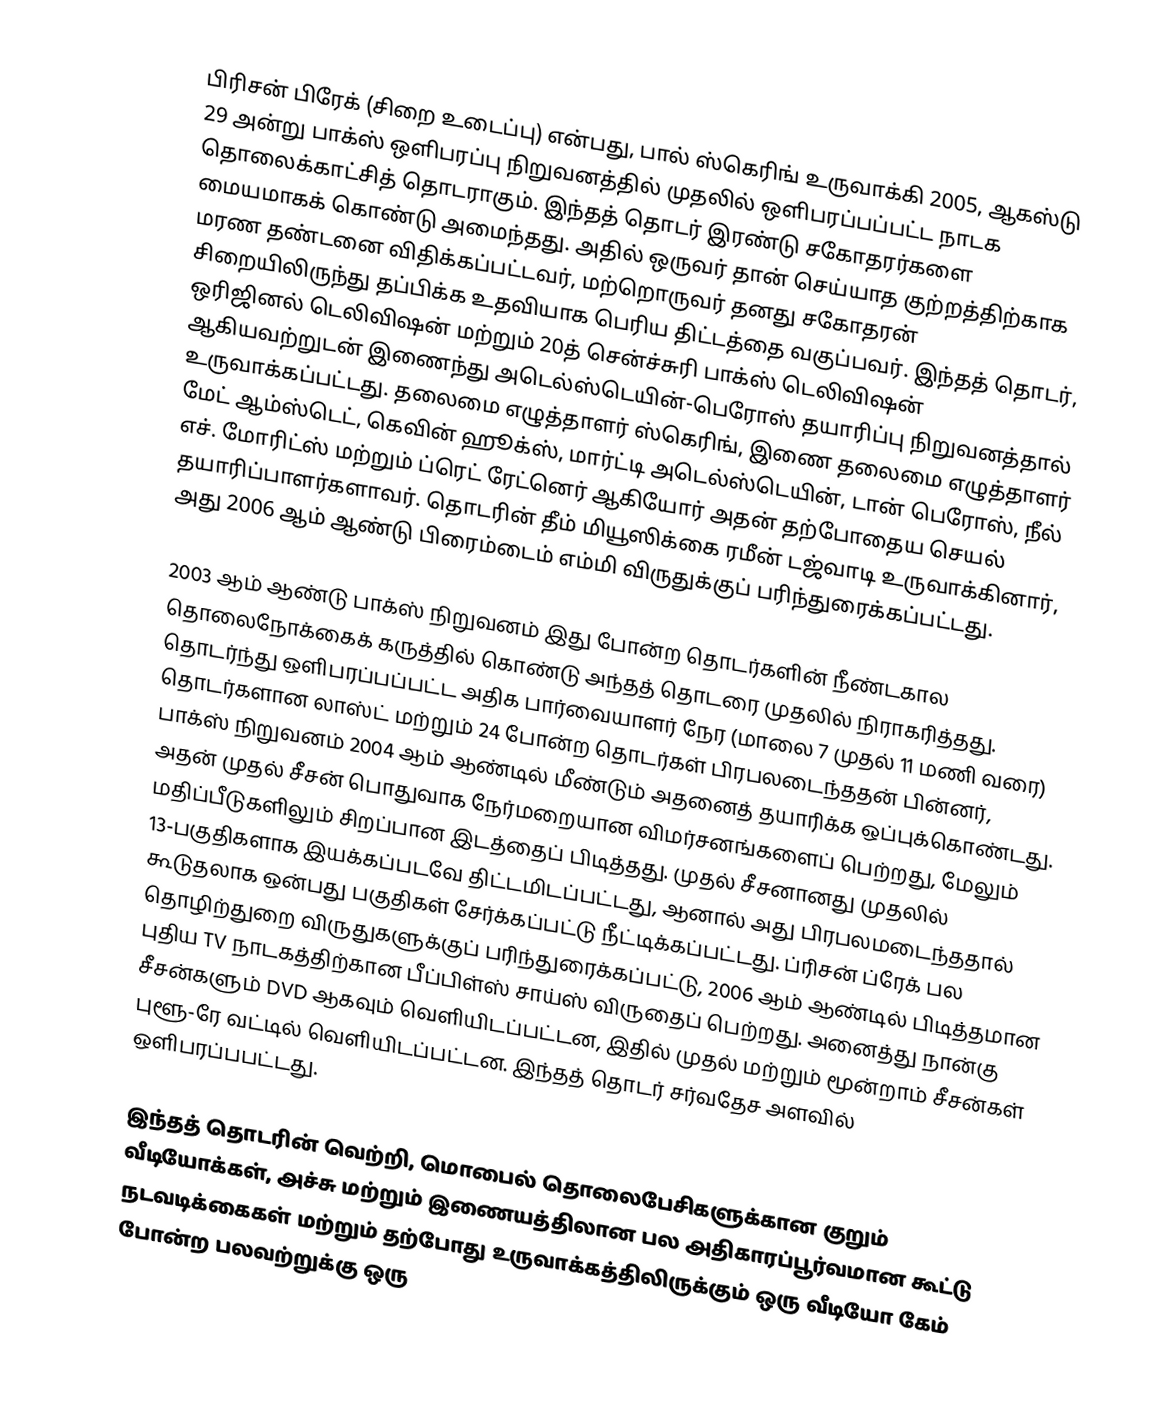
பிரிசன் பிரேக் (சிறை உடைப்பு) என்பது, பால் ஸ்கெரிங் உருவாக்கி 2005, ஆகஸ்டு 29 அன்று பாக்ஸ் ஒளிபரப்பு நிறுவனத்தில் முதலில் ஒளிபரப்பப்பட்ட நாடக தொலைக்காட்சித் தொடராகும். இந்தத் தொடர் இரண்டு சகோதரர்களை மையமாகக் கொண்டு அமைந்தது. அதில் ஒருவர் தான் செய்யாத குற்றத்திற்காக மரண தண்டனை விதிக்கப்பட்டவர், மற்றொருவர் தனது சகோதரன் சிறையிலிருந்து தப்பிக்க உதவியாக பெரிய திட்டத்தை வகுப்பவர். இந்தத் தொடர், ஒரிஜினல் டெலிவிஷன் மற்றும் 20த் சென்ச்சுரி பாக்ஸ் டெலிவிஷன் ஆகியவற்றுடன் இணைந்து அடெல்ஸ்டெயின்-பெரோஸ் தயாரிப்பு நிறுவனத்தால் உருவாக்கப்பட்டது. தலைமை எழுத்தாளர் ஸ்கெரிங், இணை தலைமை எழுத்தாளர் மேட் ஆம்ஸ்டெட், கெவின் ஹூக்ஸ், மார்ட்டி அடெல்ஸ்டெயின், டான் பெரோஸ், நீல் எச். மோரிட்ஸ் மற்றும் ப்ரெட் ரேட்னெர் ஆகியோர் அதன் தற்போதைய செயல் தயாரிப்பாளர்களாவர். தொடரின் தீம் மியூஸிக்கை ரமீன் டஜ்வாடி உருவாக்கினார், அது 2006 ஆம் ஆண்டு பிரைம்டைம் எம்மி விருதுக்குப் பரிந்துரைக்கப்பட்டது.

2003 ஆம் ஆண்டு பாக்ஸ் நிறுவனம் இது போன்ற தொடர்களின் நீண்டகால தொலைநோக்கைக் கருத்தில் கொண்டு அந்தத் தொடரை முதலில் நிராகரித்தது. தொடர்ந்து ஒளிபரப்பப்பட்ட அதிக பார்வையாளர் நேர (மாலை 7 முதல் 11 மணி வரை) தொடர்களான லாஸ்ட் மற்றும் 24 போன்ற தொடர்கள் பிரபலடைந்ததன் பின்னர், பாக்ஸ் நிறுவனம் 2004 ஆம் ஆண்டில் மீண்டும் அதனைத் தயாரிக்க ஒப்புக்கொண்டது. அதன் முதல் சீசன் பொதுவாக நேர்மறையான விமர்சனங்களைப் பெற்றது, மேலும் மதிப்பீடுகளிலும் சிறப்பான இடத்தைப் பிடித்தது. முதல் சீசனானது முதலில் 13-பகுதிகளாக இயக்கப்படவே திட்டமிடப்பட்டது, ஆனால் அது பிரபலமடைந்ததால் கூடுதலாக ஒன்பது பகுதிகள் சேர்க்கப்பட்டு நீட்டிக்கப்பட்டது. ப்ரிசன் ப்ரேக்  பல தொழிற்துறை விருதுகளுக்குப் பரிந்துரைக்கப்பட்டு, 2006 ஆம் ஆண்டில் பிடித்தமான புதிய TV நாடகத்திற்கான பீப்பிள்ஸ் சாய்ஸ் விருதைப் பெற்றது. அனைத்து நான்கு சீசன்களும் DVD ஆகவும் வெளியிடப்பட்டன, இதில் முதல் மற்றும் மூன்றாம் சீசன்கள் புளூ-ரே வட்டில் வெளியிடப்பட்டன. இந்தத் தொடர் சர்வதேச அளவில் ஒளிபரப்பபட்டது.

இந்தத் தொடரின் வெற்றி, மொபைல் தொலைபேசிகளுக்கான குறும் வீடியோக்கள், அச்சு மற்றும் இணையத்திலான பல அதிகாரப்பூர்வமான கூட்டு நடவடிக்கைகள் மற்றும் தற்போது உருவாக்கத்திலிருக்கும் ஒரு வீடியோ கேம் போன்ற பலவற்றுக்கு ஒரு